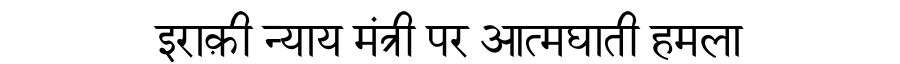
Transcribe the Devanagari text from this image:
इराक़ी न्याय मंत्री पर आत्मघाती हमला